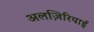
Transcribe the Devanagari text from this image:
अलज़िरियाई